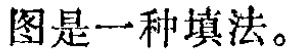
图是一种填法。